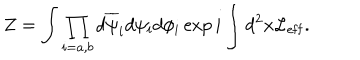
Z = \int \prod _ { i = a , b } d \overline { { { \psi } } } _ { i } d \psi _ { i } d \phi _ { i } \exp i \int d ^ { 2 } x { \cal L _ { \mathrm { e f f } } } .